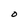
Character: O